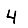
Digit: 4